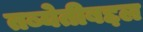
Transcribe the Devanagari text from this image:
तब्येतीबद्दल